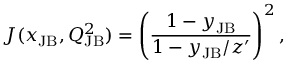
J ( x _ { \mathrm { J B } } , Q _ { \mathrm { J B } } ^ { 2 } ) = \left( \frac { 1 - y _ { \mathrm { J B } } } { 1 - y _ { \mathrm { J B } } / z ^ { \prime } } \right) ^ { 2 } ,